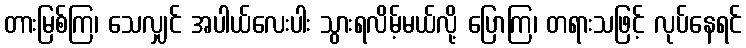
တားမြစ်ကြ၊ သေလျှင် အပါယ်လေးပါး သွားရလိမ့်မယ်လို့ ပြောကြ၊ တရားသဖြင့် လုပ်နေရင်